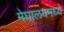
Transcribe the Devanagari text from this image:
मेघालयमध्ये